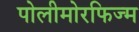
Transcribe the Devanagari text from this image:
पोलीमोरफिज्म